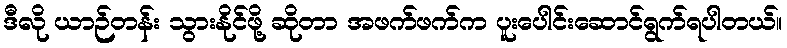
ဒီလို ယာဉ်တန်း သွားနိုင်ဖို့ ဆိုတာ အဖက်ဖက်က ပူးပေါင်းဆောင်ရွက်ရပါတယ်။